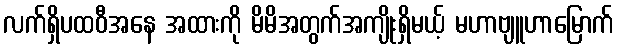
လက်ရှိပထဝီအနေ အထားကို မိမိအတွက်အကျိုးရှိမယ့် မဟာဗျူဟာမြောက်